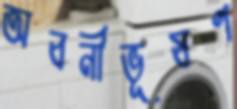
অবনীভূষণ